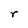
Character: r